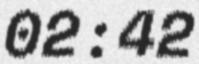
02:42